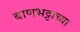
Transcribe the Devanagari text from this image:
बाणभट्टाच्या